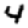
Digit: 4